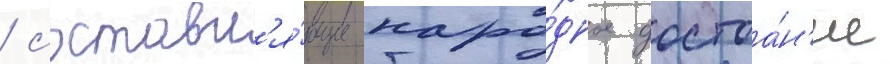
/ составл'я́ющие наро́дное достоа́н'ие